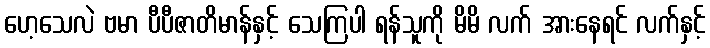
ဟေ့သေလဲ ဗမာ ပီပီဇာတိမာန်နှင့် သေကြပါ ရန်သူကို မိမိ လက် အားနေရင် လက်နှင့်